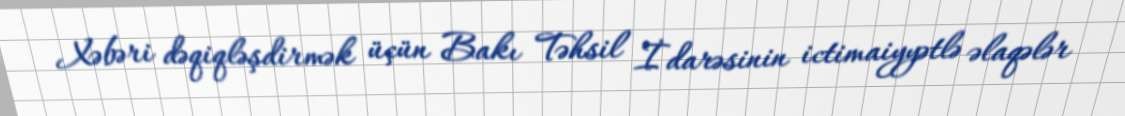
Xəbəri dəqiqləşdirmək üçün Bakı Təhsil İdarəsinin ictimaiyyətlə əlaqələr